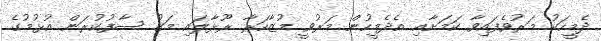
ދެމީހަކު މަރުވެފައިވާ ކަމަށާއި އެދެމީހުން މަރުވީ މުޒާހަރާ ރޫޅާލައި މަގު ސާފުކުރަން އުޅުމުގެ